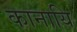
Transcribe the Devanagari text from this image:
कानायि